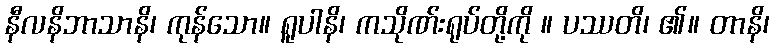
နီလနိဘာသာနိ၊ ကုန်သော။ ရူပါနိ၊ ကသိုဏ်းရုပ်တို့ကို ။ ပဿတိ၊ ၏။ တာနိ၊